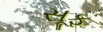
સૂફ